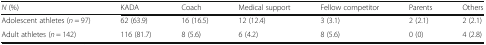
<table><thead><tr><td><b><i>N</i> (%)</b></td><td><b>KADA</b></td><td><b>Coach</b></td><td><b>Medical support</b></td><td><b>Fellow competitor</b></td><td><b>Parents</b></td><td><b>Others</b></td></tr></thead><tbody><tr><td>Adolescent athletes (<i>n</i> = 97)</td><td>62 (63.9)</td><td>16 (16.5)</td><td>12 (12.4)</td><td>3 (3.1)</td><td>2 (2.1)</td><td>2 (2.1)</td></tr><tr><td>Adult athletes (<i>n</i> = 142)</td><td>116 (81.7)</td><td>8 (5.6)</td><td>6 (4.2)</td><td>8 (5.6)</td><td>0 (0)</td><td>4 (2.8)</td></tr></tbody></table>